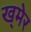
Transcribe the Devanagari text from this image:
ख्‌मेर